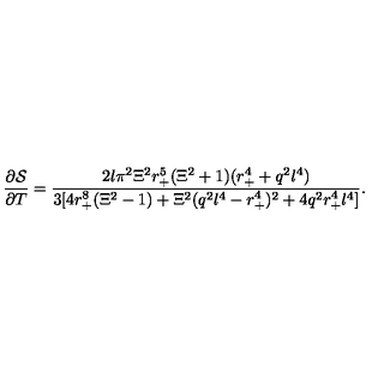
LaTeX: \frac { \partial \mathcal { S } } { \partial T } = \frac { 2 l \pi ^ { 2 } \Xi ^ { 2 } r _ { + } ^ { 5 } ( \Xi ^ { 2 } + 1 ) ( r _ { + } ^ { 4 } + q ^ { 2 } l ^ { 4 } ) } { 3 [ 4 r _ { + } ^ { 8 } ( \Xi ^ { 2 } - 1 ) + \Xi ^ { 2 } ( q ^ { 2 } l ^ { 4 } - r _ { + } ^ { 4 } ) ^ { 2 } + 4 q ^ { 2 } r _ { + } ^ { 4 } l ^ { 4 } ] } .